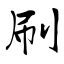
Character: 刷